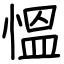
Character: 慍